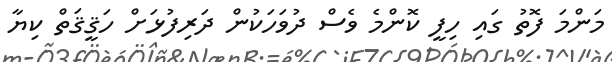
މަންމަ ފޮތު ގައި ހިފީ ކޮންމެ ވެސް ދުވަހަކުން ދަރިފުޅަށް ހަޤީޤަތް ކިޔާ